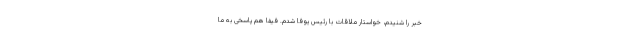
خبر را شنیدم، خواستار ملاقات با رئیس یوفا شدم. فیفا هم پاسخی به ما